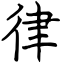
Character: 律